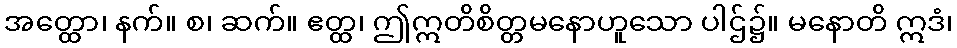
အတ္ထော၊ နက်။ စ၊ ဆက်။ ဧတ္ထ၊ ဤဣတိစိတ္တမနောဟူသော ပါဌ်၌။ မနောတိ ဣဒံ၊